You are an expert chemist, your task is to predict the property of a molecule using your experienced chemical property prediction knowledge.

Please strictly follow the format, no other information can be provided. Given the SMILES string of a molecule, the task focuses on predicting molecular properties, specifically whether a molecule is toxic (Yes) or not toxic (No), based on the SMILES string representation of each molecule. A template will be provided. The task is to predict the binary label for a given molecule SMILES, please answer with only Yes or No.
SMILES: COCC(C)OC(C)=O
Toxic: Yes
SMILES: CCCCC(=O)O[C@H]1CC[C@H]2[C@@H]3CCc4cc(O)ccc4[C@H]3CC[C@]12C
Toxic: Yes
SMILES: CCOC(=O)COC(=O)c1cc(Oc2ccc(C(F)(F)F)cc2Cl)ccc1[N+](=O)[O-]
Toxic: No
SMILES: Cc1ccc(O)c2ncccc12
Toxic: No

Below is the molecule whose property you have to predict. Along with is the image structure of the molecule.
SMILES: CCCOc1ccc(S(=O)(=O)N2CCN(CC)CC2)cc1-c1nc2c(CC)n(Cc3ccccn3)nc2c(=O)[nH]1
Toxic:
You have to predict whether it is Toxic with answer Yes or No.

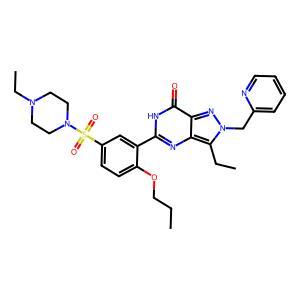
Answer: No